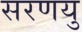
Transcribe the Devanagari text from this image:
सरणयु